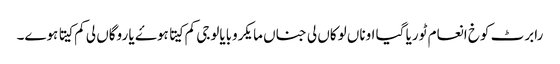
رابرٹ کوخ انعام ٹوریا گیا اوناں لوکاں لی جناں مایکروبایالوجی کم کیتا ہوۓ یا روگاں لی کم کیتا ہوے۔